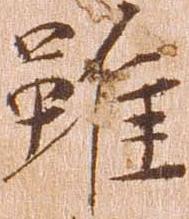
雖